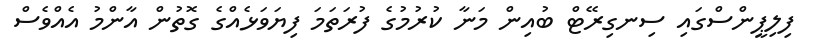
ފިލިޕީންސްގައި ސިނގިރޭޓް ބުއިން މަނާ ކުރުމުގެ ފުރަތަމަ ފިޔަވަޅެއްގެ ގޮތުން އާންމު އެއްވެސް